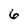
Character: 6